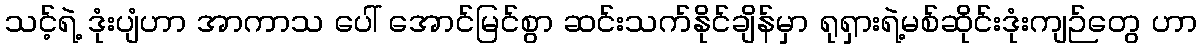
သင့်ရဲ့ ဒုံးပျံဟာ အာကာသ ပေါ် အောင်မြင်စွာ ဆင်းသက်နိုင်ချိန်မှာ ရုရှားရဲ့မစ်ဆိုင်းဒုံးကျဉ်တွေ ဟာ